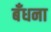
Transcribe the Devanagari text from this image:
बँधना